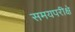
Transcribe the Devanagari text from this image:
समयपरीक्षे